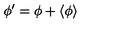
\phi ^ { \prime } = \phi + \langle \phi \rangle